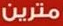
مترين